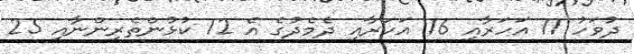
ދުވަހު 11 އަހަރާއި 16 އަހަރާއި ދެމެދުގެ އެ 12 ކުޅުންތެރިންނާއި 25